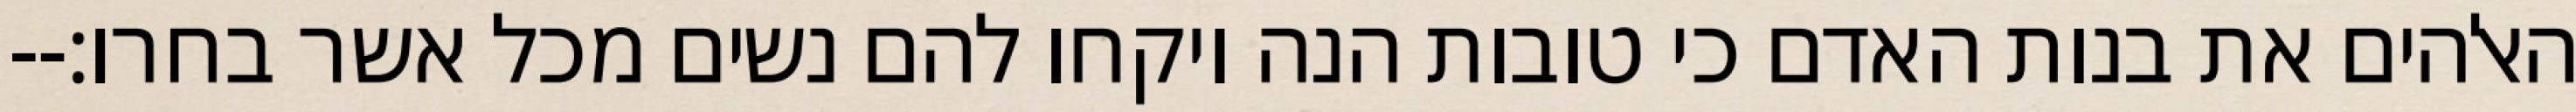
האלהים את בנות האדם כי טובות הנה ויקחו להם נשים מכל אשר בחרו׃--